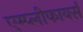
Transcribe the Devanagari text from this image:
एम्प्लीफायर्स